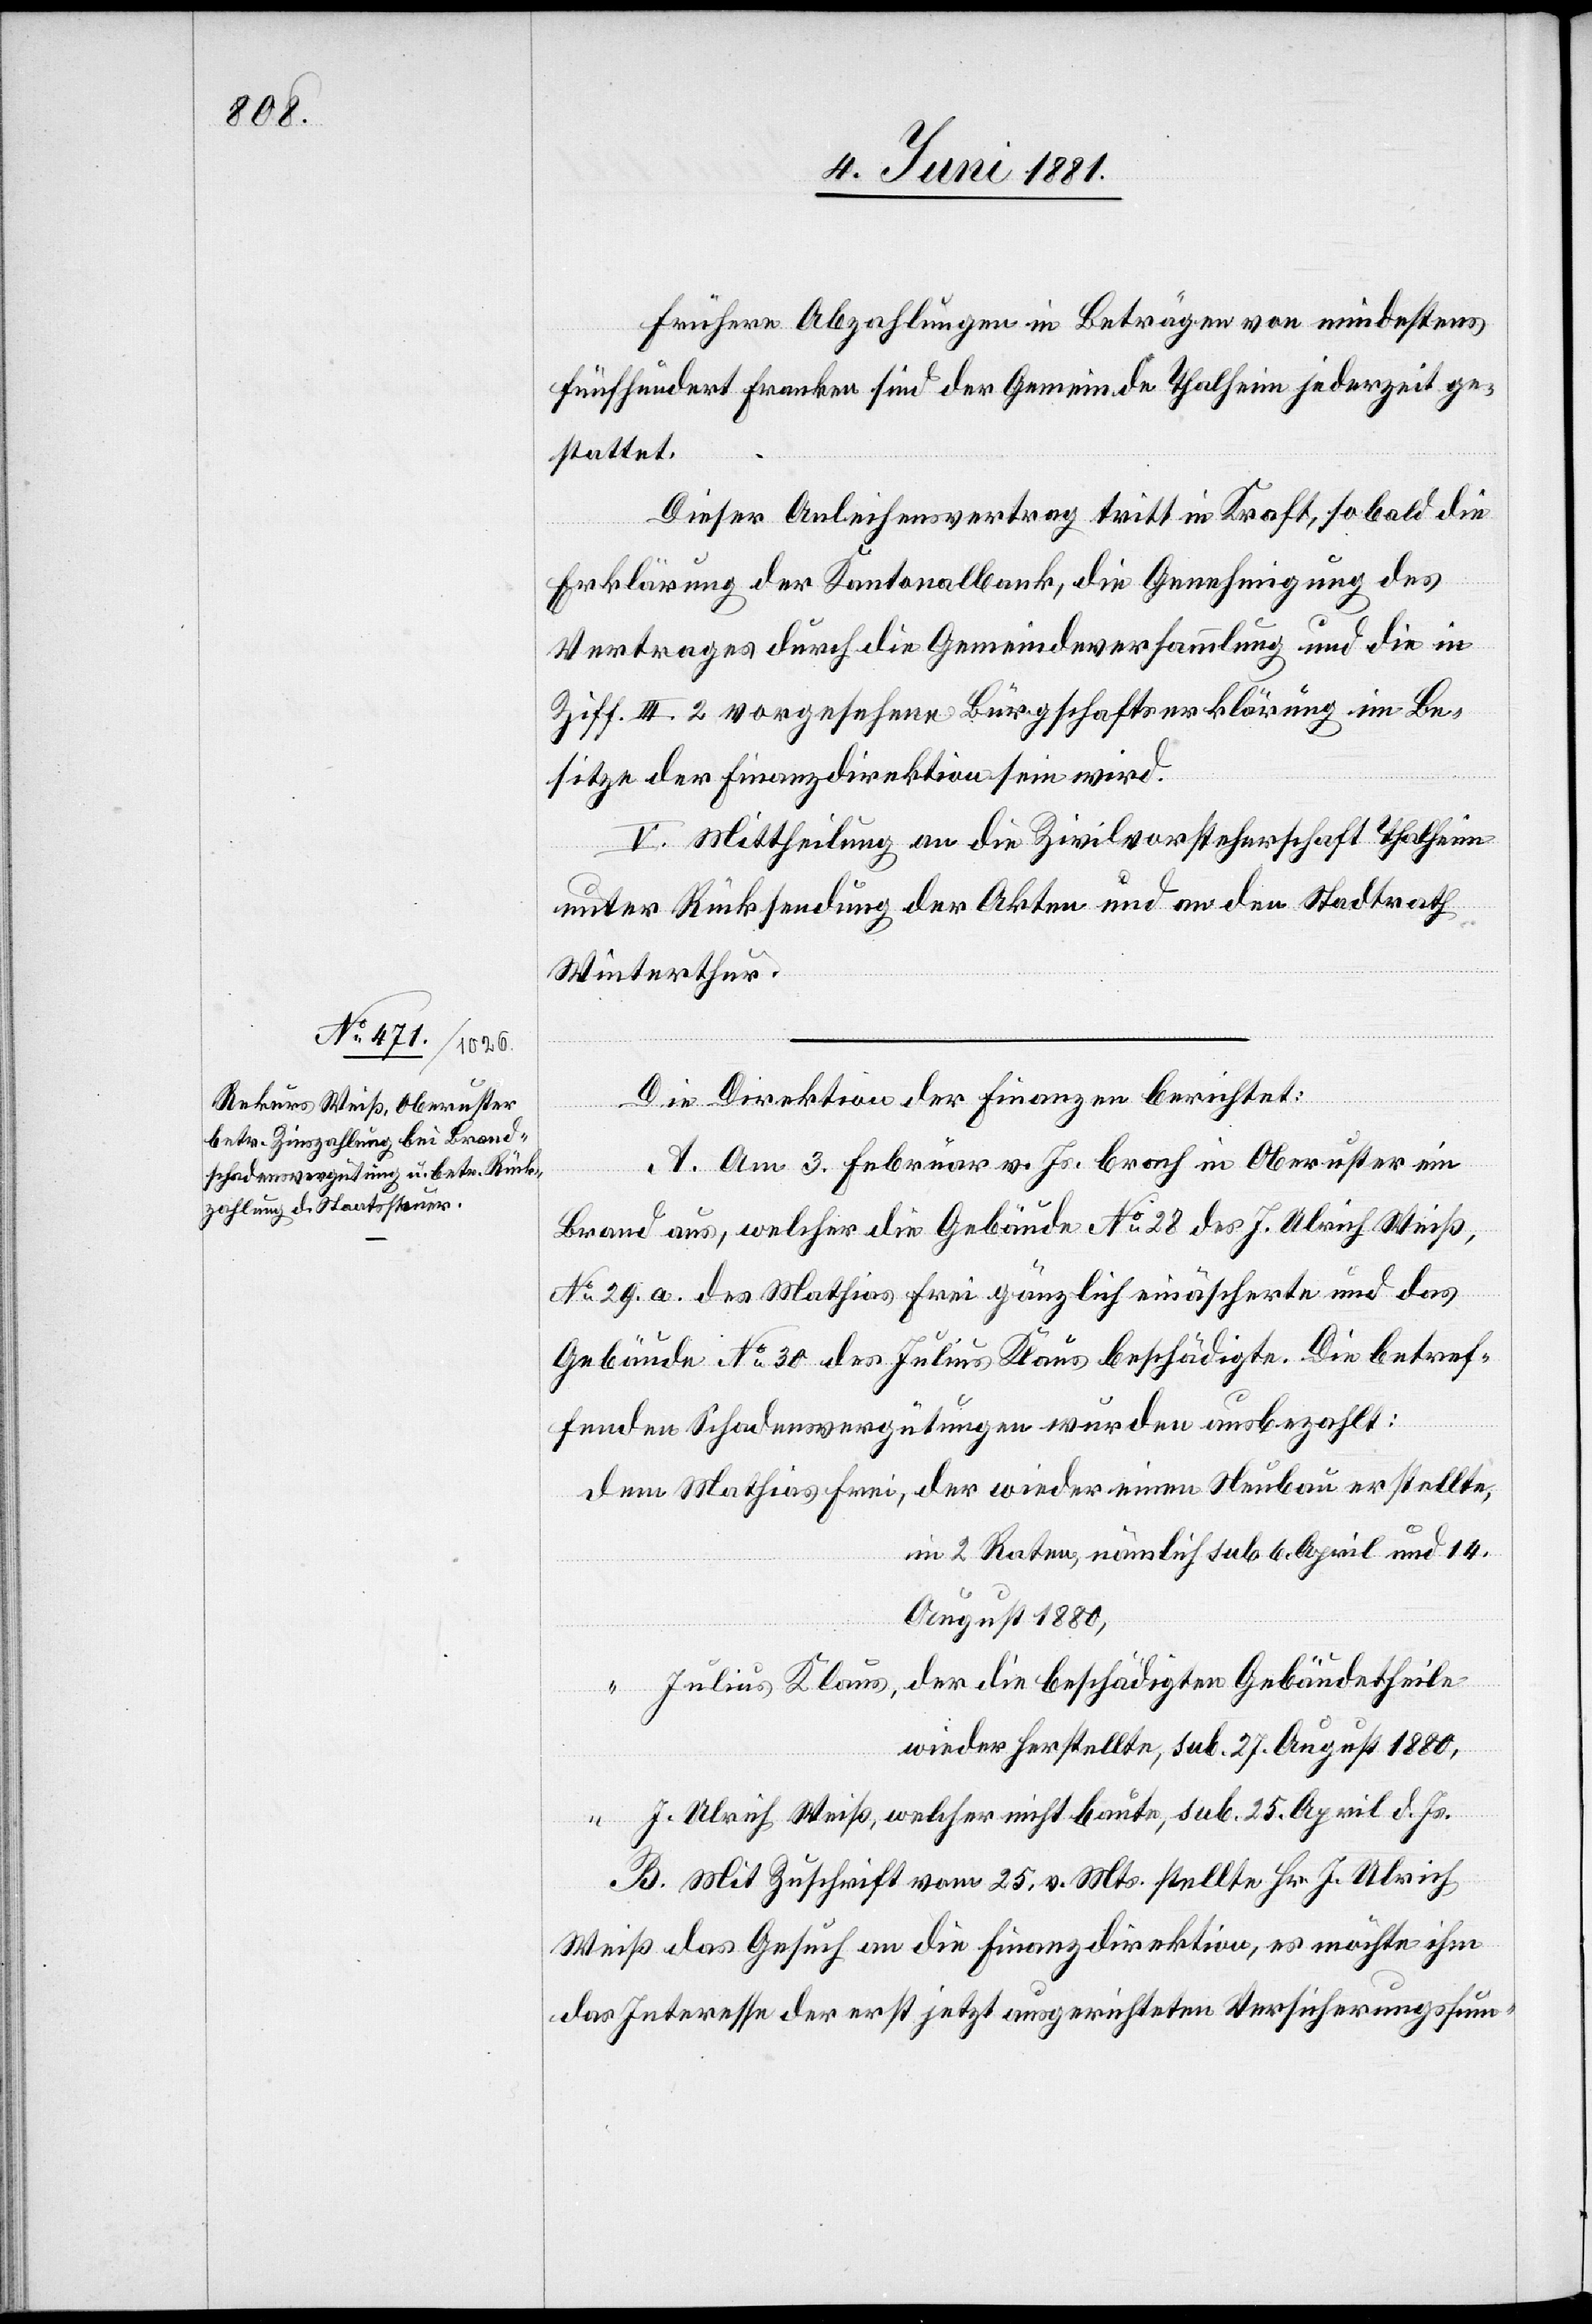
Frühere Abzahlungen in Beträgen von mindestens
fünfhundert Franken sind der Gemeinde Thalheim jederzeit ge¬
stattet.
Dieser Anleihensvertrag tritt in Kraft, sobald die
Erklärung der Kantonalbank, die Genehmigung des
Vertrages durch die Gemeindeversammlung und die in
Ziff. III 2 vorgesehene Bürgschaftserklärung im Be¬
sitze der Finanzdirektion sein wird.
V. Mittheilung an die Zivilvorsteherschaft Thalheim
unter Rücksendung der Akten und an den Stadtrath
Js.
Winterthur.
Die Direktion der Finanzen berichtet:
A. Am 3. Februar v. Js. brach in Oberuster ein
Brand aus, welcher die Gebäude No 28 des J. Ulrich Weiß,
No 29. a. des Mathias Frei gänzlich einäscherte und das
Gebäude No 30 des Julius Klaus beschädigte. Die betref¬
fenden Schadensvergütungen wurden ausbezahlt:
in 2 Raten, nämlich sub. 6. April und 14.
August 1880,
wieder herstellte, sub. 27. August 1880,
B. Mit Zuschrift vom 25. v. Mts. stellte Hr. J. Ulrich
Weiß das Gesuch an die Finanzdirektion, es möchte ihm
das Interesse der erst jetzt ausgerichteten Versicherungssum-